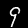
Label: 9